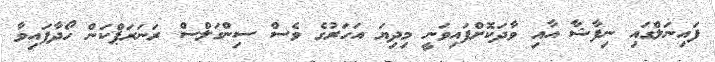
ފައިނަލްގައި ނިފާޝާ އާއި ވާދަކޮށްފައިވަނީ މިދިޔަ އަހަރުގެ ވެސް ސިންގަލްސް ރަނަރަޕްކަން ހޯދާފައިވާ